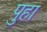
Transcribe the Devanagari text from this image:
पुहा